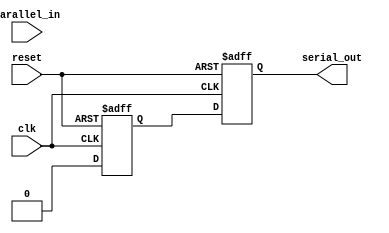
module parallel_in_serial_out_register (
    input wire clk,  // Clock input
    input wire reset,  // Reset input
    input wire [7:0] parallel_in,  // Parallel input data
    output reg serial_out  // Serial output data
);

reg [7:0] internal_register;  // Internal storage register

always @(posedge clk or posedge reset) begin
    if (reset) begin
        internal_register <= 8'b0;  // Reset internal register to all zeros
        serial_out <= 1'b0;  // Reset serial output
    end else begin
        internal_register <= parallel_in;  // Store parallel input data in internal register
        serial_out <= internal_register[0];  // Output serial data from internal register
        internal_register <= {internal_register[6:0], 1'b0};  // Shift data left in internal register
    end
end

endmodule